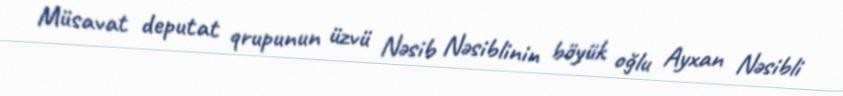
Müsavat deputat qrupunun üzvü Nəsib Nəsiblinin böyük oğlu Ayxan Nəsibli